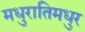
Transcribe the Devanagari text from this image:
मधुरातिमधुर